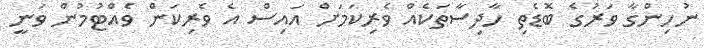
ނުހިންގާ ވަރުގެ ބޮޑެތި ހާދިސާތަކެއް ވެރިކަމަށް އައިސް އެ ވެރިކަން ވެއްޓުމުން ވަނީ